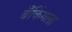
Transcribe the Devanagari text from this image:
बँकिंगला